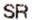
SR